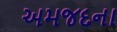
અમજદના